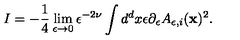
I = - { \frac { 1 } { 4 } } \lim _ { \epsilon \to 0 } \epsilon ^ { - 2 \nu } \int d ^ { d } x \epsilon \partial _ { \epsilon } A _ { \epsilon , i } ( { \bf x } ) ^ { 2 } .